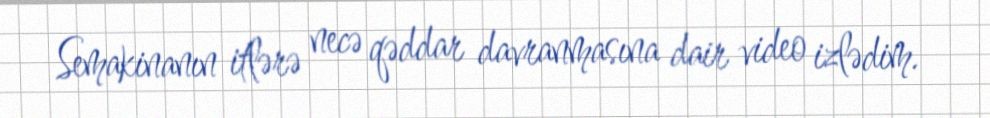
Semakinanın itlərə necə qəddar davranmasına dair video izlədim.